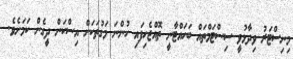
މިނިސްޓަރު ވިދާޅުވީ ސިސްޓަމްތައް ބަހައްޓާނީ ތޮއްޖެހިފައި ހުންނަ މަގުތަކަށް އިސްކަން ދީގެން ކަމަށެވެ.